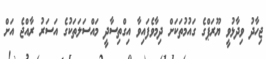
ޖިހާދު ވިދާޅުވީ ޔޫރަޕްގެ ގައުމުތަކަށް ދިމާވެފައިވާ އިގްތިސާދީ މައްސަލަތަކުގެ އަސަރު ރާއްޖެ އަށް